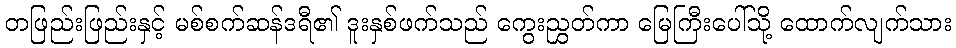
တဖြည်းဖြည်းနှင့် မစ်စက်ဆန်ဒရီ၏ ဒူးနှစ်ဖက်သည် ကွေးညွှတ်ကာ မြေကြီးပေါ်သို့ ထောက်လျက်သား